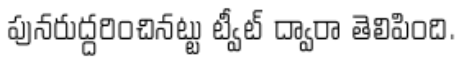
పునరుద్దరించినట్టు ట్వీట్ ద్వారా తెలిపింది.